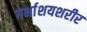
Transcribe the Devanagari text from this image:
गर्भाशयशरीर